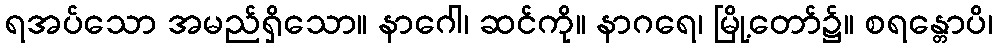
ရအပ်သော အမည်ရှိသော။ နာဂေါ၊ ဆင်ကို။ နာဂရေ၊ မြို့တော်၌။ စရန္တောပိ၊